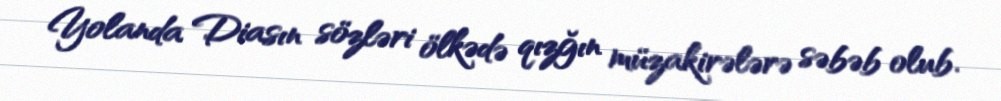
Yolanda Diasın sözləri ölkədə qızğın müzakirələrə səbəb olub.